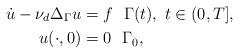
LaTeX: \begin{align*} \dot{u} - \nu_d \Delta_{\Gamma} u & = f ~~\Gamma(t),~t \in (0,T], \\ u(\cdot,0) &= 0 ~~\Gamma_0, \end{align*}